Source: Handwritten
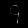
Digit: ၄ (4)